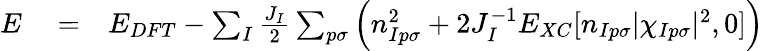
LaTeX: \begin{array}{rlr}{E}&{{}=}&{E_{DFT}-\sum_{I}\frac{J_{I}}{2}\sum_{p\sigma}\left(n_{Ip\sigma}^{2}+2J_{I}^{-1}E_{XC}[n_{Ip\sigma}|\chi_{Ip\sigma}|^{2},0]\right)}\end{array}